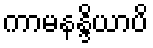
ကာမနန္ဒိယာပိ